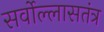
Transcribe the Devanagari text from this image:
सर्वोल्लासतंत्र